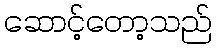
ဆောင့်တော့သည်